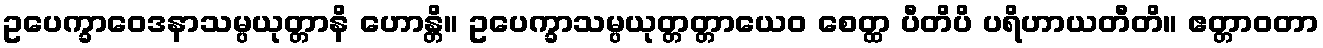
ဥပေက္ခာဝေဒနာသမ္ပယုတ္တာနိ ဟောန္တိ။ ဥပေက္ခာသမ္ပယုတ္တတ္တာယေဝ စေတ္ထ ပီတိပိ ပရိဟာယတီတိ။ ဧတ္တာဝတာ